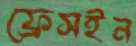
ফ্রেসইন